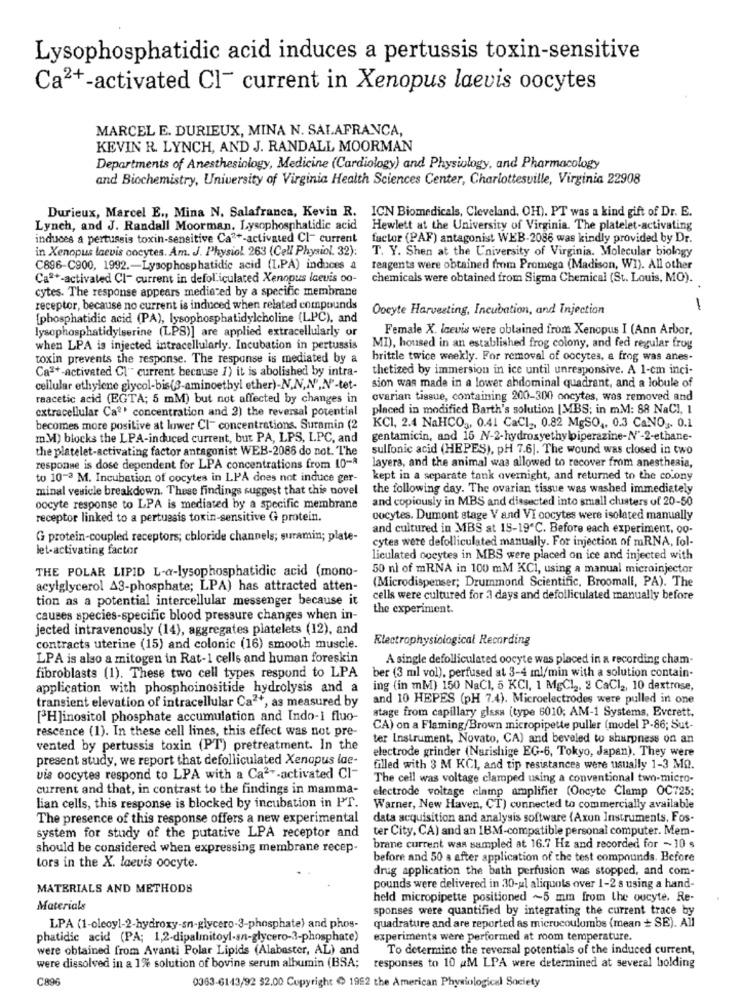
Lysophosphatidic acid induces a pertussis toxin-sensitive
Ca2+-activated Cl- current in Xenopus laevis oocytes
MARCEL E. DURIEUX, MINA N. SALAFRANCA,
KEVIN R. LYNCH, AND J. RANDALL MOORMAN
Departments of Anesthesiology, Medicine (Cardiology) and Physiology, and Pharmacology
and Biochemistry, University of Virginia Health Sciences Center, Charlottesville, Virginia 22908
Durieux, Marcel E ., Mina N. Salafranca, Kevin R. ICN Biomedicals, Cleveland. OH). PT was a kind gift of Dr. E.
Lynch, and J. Randall Moorman, Lysophosphatidic acid
Hewlett at the University of Virginia. The platelet-activating
induces a pertussis toxin-sensitive Ca2+-activated Cl- current
factor (PAF) antagonist WEB-2086 was kindly provided by Dr.
in Xenopus laevis cocytes. Am. J. Physiol 263 (Cell Physiol. 32);
T. Y. Shen at the University of Virginia. Molecular biology
C896-C900, 1992 .- Lysophosphatidic acid (IPA) indices a
reagents were obtained from Promega (Madison, WI). All other
Caª *- activated Cl- current in defoliculated Xenopus iceuis oo-
chemicals were obtained from Sigma Chemical (St. Louis, MO).
cytes. The response appears media ed by a specific membrane
receptor, because no current is induced when related compounds
Oocyte Harvesting, Incubation, and Injection
[phosphatidic acid (PA), lysophosphatidylcholine (LPC), and
lysophosphatidylserine (LPS)] are applied extracellularly or
Female X. Icevis were obtained from Xenopus I (Ann Arbor,
when LPA is injected intracellularly. Incubation in pertussis
MI), housed in an established frog colony, and fed regular frog
toxin prevents the response. The response is mediated by a
brittle twice weekly. For removal of oocytes, a frog was anes-
Caª *- activated Cl"" current because 1) it is abolished by intra-
thetized by immersion in ice until unresponsive. A 1-cm inci-
cellular ethylene glycol-bis(3-aminoethyl ether)-N.N,N',N'-tet-
sion was made in a lower abdominal quadrant, and a lobule of
raacetic acid (EGTA; 5 mM) but not affected by changes in
ovarian tissue, containing 200-300 oncytes, was removed and
extracellular Ca?' concentration and 2) the reversal potential
placed in modified Barth's solution [MBS; in mM: 88 NaCl, I
becomes more positive at lower Cl- concentrations. Suramin (2
KCI, 2.4 NaHCO3, 0.41 CaCI, 0.82 MgSO ,, 0.3 CaNO3. 0.1
m.M) blocks the LPA-induced current, but PA, LPS, LPC, and
gentamicin, and 16 NV-2-hydroxyethylpiperazine-N'-2-ethane-
the platelet-activating factor antagonist WEB-2086 do not. The
sullonic acid (HEPES), PH 7.6]. The wound was closed in two
layera, and the animal was allowed to recover from anesthesia,
response is dose dependent for LPA concentrations from 10-A
to 10-3 M. Incubation of cocytes in LPA does not induce ger-
kept in a separate tank overnight, and returned to the colony
minal vesicle breakdown. These findings suggest that this novel
the following day. The ovarian tissue was washed immediately
and copiously in MBS and dissected into small clusters of 20-50
oocyte response to LPA is mediated by a specific membrane
receptor linked to a pertussis toxin-sensitive G protein.
cocytes. Dumont stage V and VI oocytes were isolated manually
and cultured in MBS at 15-19℃. Before each experiment, 00-
G protein-coupled receptors; chloride channels; suramin; plate-
cytes were defolliculated manually. For injection of mRNA, fol-
let-activating factor
liculated oocytes in MBS were placed on ice and injected with
THE POLAR LIPID L-@-lysophosphatidic acid (mono-
50 nl of mRNA in 100 mM KCI, using a manual microinjector
(Microdispenser; Drummond Scientific, Broomall, PA). The
acylglycerol A3-phosphate; LPA) has attracted atten-
tion as a potential intercellular messenger because it
cells were cultured for 3 days and defolliculated manually before
the experiment.
causes species-specific blood pressure changes when in-
jected intravenously (14), aggregates platelets (12), and
Electrophysiological Recording
contracts uterine (15) and colonic (16) smooth muscle.
LPA is also a mitogen in Rat-1 cells and human foreskin
A single defolliculated oocyte was placed in a recording cham-
ber (3 ml vol), perfused at 3-4 ml/min with a solution contain-
fibroblasts (1). These two cell types respond to LPA
application with phosphoinositide hydrolysis and a
ing (in mM) 150 NaCI, 5 KCI, 1 MgCl2. 2 CaCl2, 10 dextrose,
transient elevation of intracellular Ca2+, as measured by
and 10 HEPES (pH 7.4). Microelectrodes were pulled in one
stage from capillary glass [type 6010; AM-1 Systems, Everett.
[H]inositol phosphate accumulation and Indo-i fluo-
rescence (1). In these cell lines, this effect was not pre-
CA) on a Flaming/Brown micropipette puller (model P-86; Sut-
ter Instrument, Novato, CA) and beveled to sharpness on an
vented by pertussis toxin (PT) pretreatment. In the
electrode grinder (Narishige EG-6, Tokyo, Japan). They were
present study, we report that defolliculated Xenopus lae-
filled with 3 M KCI, and tip resistances were usually 1-3 Mo.
uis oocytes respond to LPA with a Ca2"-activated Cl-
The cell was voltage clamped using a conventional two-micro-
current and that, in contrast to the findings in mamma-
electrode voltage clamp amplifier (Oncyte Clamp OC725:
lian cells, this response is blocked by incubation in PT.
Warner, New Haven, CT) connected to commercially available
The presence of this response offers a new experimental
data acquisition and analysis software (Axun Instruments, Fos-
system for study of the putative LPA receptor and ter City, CA) and an IBM-compatible personal computer. Mem-
should be considered when expressing membrane recep-
brane current was sampled at 16.7 Hz and recorded for ~ 10 s
before and 50 a after application of the test compounds. Before
Lors in the X. laevis oocyte.
drug application the bath perfusion was stopped, and com-
MATERIALS AND METHODS
pounds were delivered in 30-ul aliquots over 1-2 s using a hand-
held micropipette positioned ~5 mm from the oucyte. Re-
Materials
sponses were quantified by integrating the current trace by
LPA (1-oleoyl-2-hydroxy-sn-glycero-3-phosphate) and phos-
quadrature and are reported as microcoulombs (mean + SE). All
phatidic acid (PA; 1,2-dipalmitoyl-an-glycero-3-phosphate)
experiments were performed at room temperature.
were obtained from Avanti Polar Lipids (Alabaster, AL) and
To determine the reversal potentials of the induced current,
were dissolved in a 1% solution of bovine serum albumin (BSA;
responses to 10 AM LPA were determined at several holding
C89
0063-6143/92 52.00 Copyright & 1952 the American Physiological Society